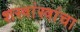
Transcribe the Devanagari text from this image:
शस्त्रांस्त्रांचा